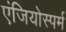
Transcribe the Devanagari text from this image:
एंजियोस्पर्म